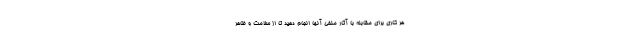
هر کاری برای مقابله با آثار منفی آنها انجام دهید تا از سلامت و ظاهر